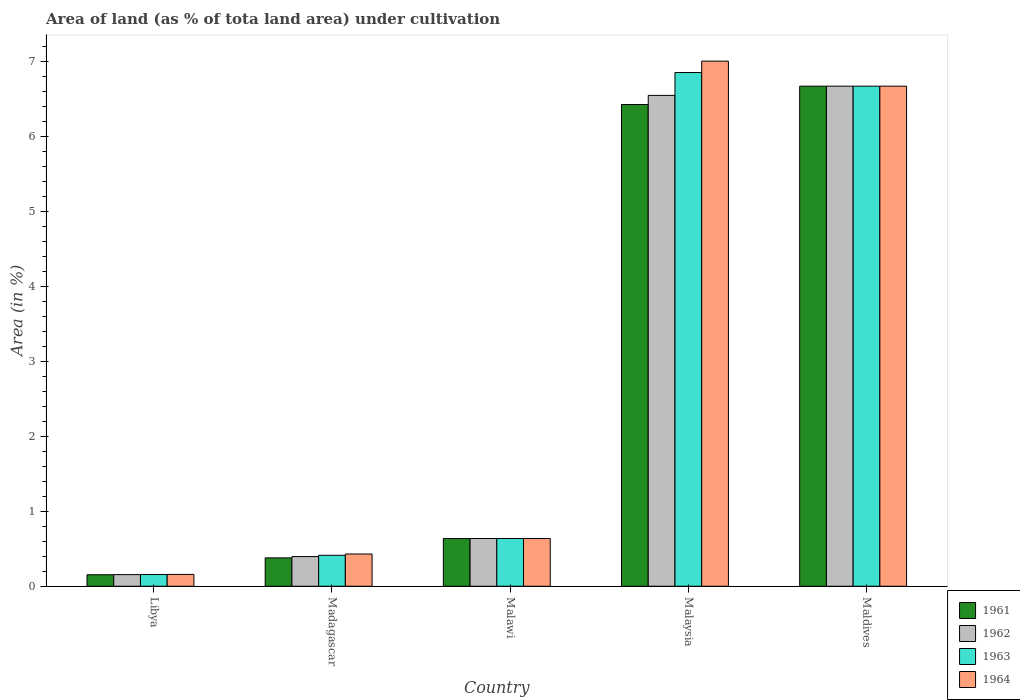
| Country | 1961 | 1962 | 1963 | 1964 |
 | --- | --- | --- | --- | --- |
 | Libya | 0.153 | 0.155 | 0.156 | 0.158 |
 | Madagascar | 0.378 | 0.396 | 0.413 | 0.43 |
 | Malawi | 0.636 | 0.636 | 0.636 | 0.636 |
 | Malaysia | 6.42 | 6.54 | 6.85 | 7 |
 | Maldives | 6.67 | 6.67 | 6.67 | 6.67 |